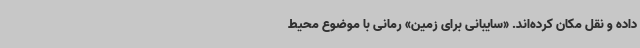
داده و نقل مکان کرده‌اند. «سایبانی برای زمین» رمانی با موضوع محیط